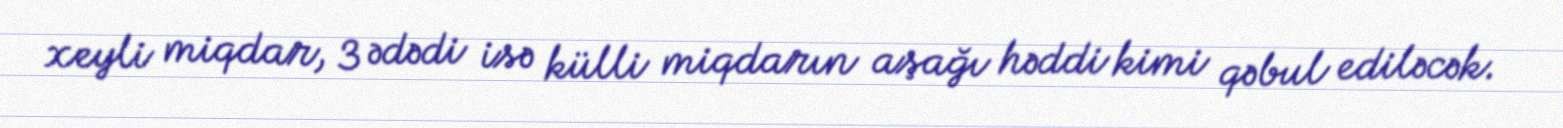
xeyli miqdar, 3 ədədi isə külli miqdarın aşağı həddi kimi qəbul ediləcək.